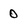
Character: 0